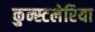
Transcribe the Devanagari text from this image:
कुन्स्टलेरिया